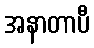
အနာတာပီ